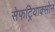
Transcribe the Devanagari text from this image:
सेफट्रियाक्सोन